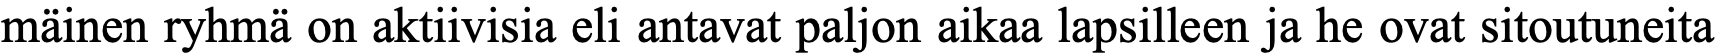
mäinen ryhmä on aktiivisia eli antavat paljon aikaa lapsilleen ja he ovat sitoutuneita